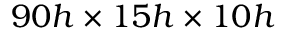
9 0 h \times 1 5 h \times 1 0 h